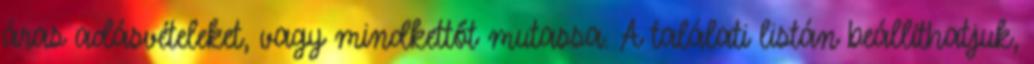
áras adásvételeket, vagy mindkettőt mutassa. A találati listán beállíthatjuk,